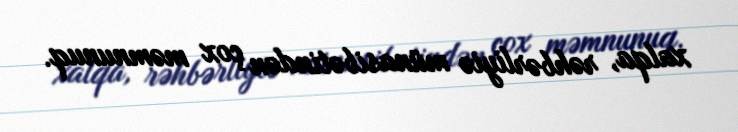
xalqa, rəhbərliyiə münasibətindən çox məmnunuq.